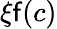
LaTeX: \xi\mathsf{f}(c)